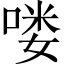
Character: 喽